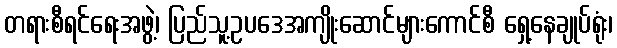
တရားစီရင်ရေးအဖွဲ့၊ ပြည်သူ့ဥပဒေအကျိုးဆောင်များကောင်စီ ရှေ့နေချုပ်ရုံး၊